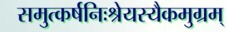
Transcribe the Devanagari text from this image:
समुत्कर्षनिःश्रेयस्यैकमुग्रम्‌